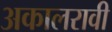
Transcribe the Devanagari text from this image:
अकालरावी